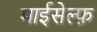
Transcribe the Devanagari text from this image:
माईसेल्फ़